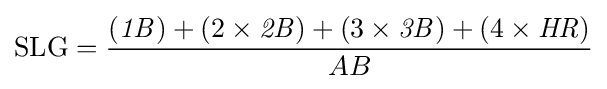
\mathrm {SLG} ={\frac {({\mathit {1B}})+(2\times {\mathit {2B}})+(3\times {\mathit {3B}})+(4\times {\mathit {HR}})}{AB}}